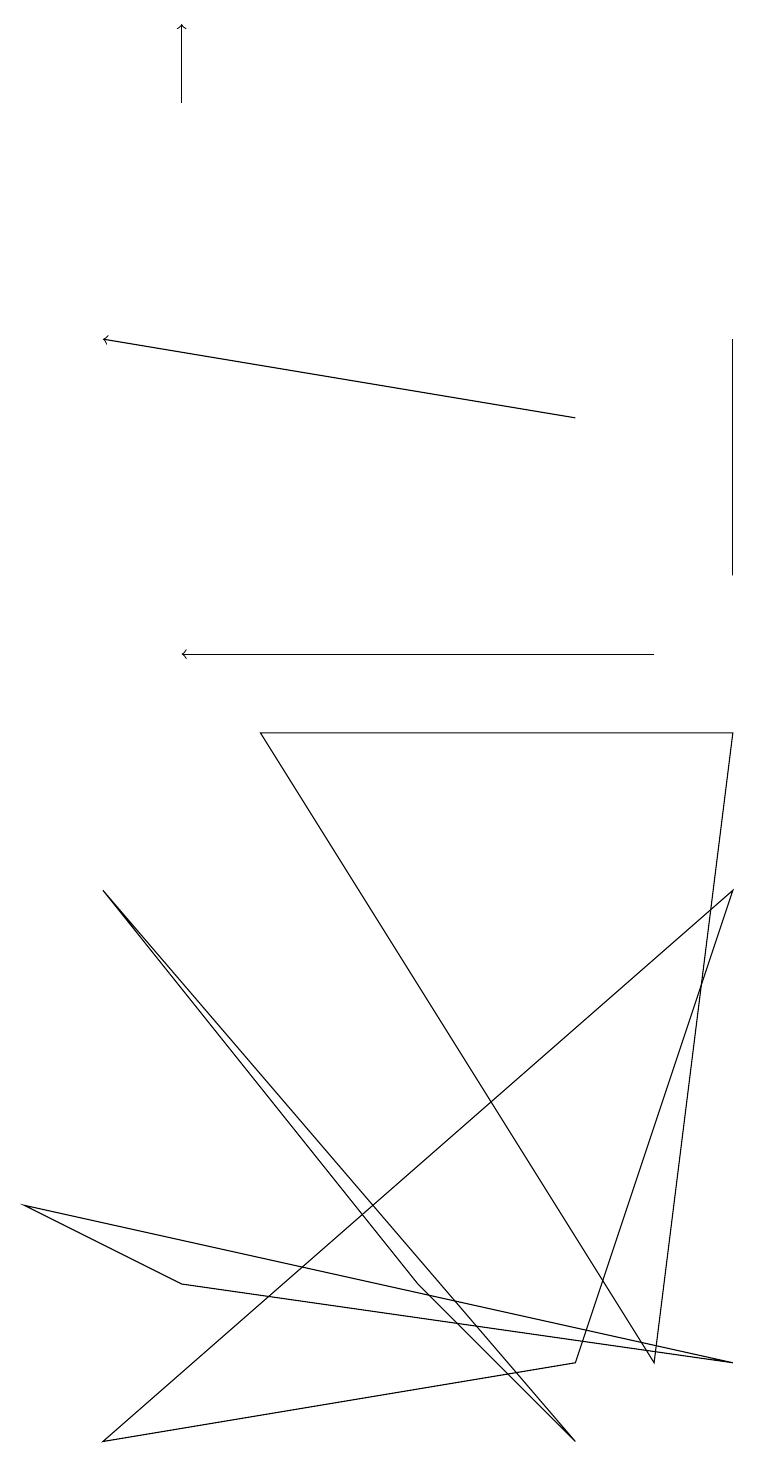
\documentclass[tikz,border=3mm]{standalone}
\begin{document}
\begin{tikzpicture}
\draw[->] (8,10) -- (2,10);
\draw (0,3) -- (9,1) -- (2,2) -- cycle;
\draw (1,7) -- (5,2) -- (7,0) -- cycle;
\draw (8,1) -- (9,9) -- (3,9) -- cycle;
\draw[->] (7,13) -- (1,14);
\draw (9,11) rectangle (9,14);
\draw (9,7) -- (7,1) -- (1,0) -- cycle;
\draw[->] (2,17) -- (2,18);
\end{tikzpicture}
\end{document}